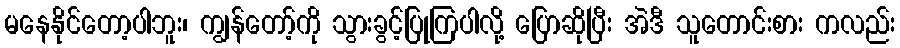
မနေနိုင်တော့ပါဘူး၊ ကျွန်တော့်ကို သွားခွင့်ပြုကြပါလို့ ပြောဆိုပြီး အဲဒီ သူတောင်းစား ကလည်း